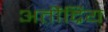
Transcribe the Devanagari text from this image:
अतीेंद्रिय